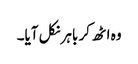
وہ اٹھ کر باہر نکل آیا۔